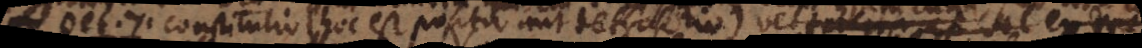
D. 7. Constitutio (hoc est positio aut detractio) vel tacita vel